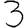
Digit: 3